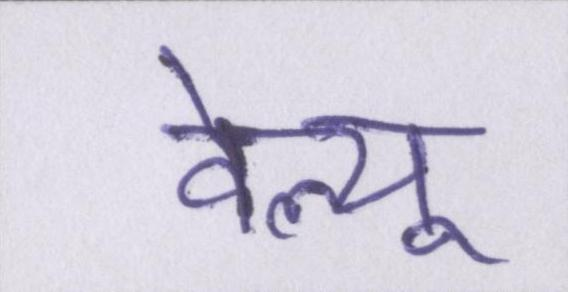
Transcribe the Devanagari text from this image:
वेल्यू